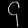
Digit: ၄